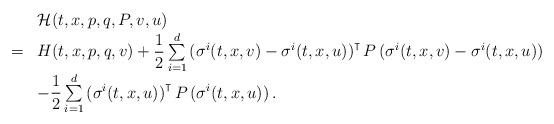
LaTeX: \begin{align*}\begin{array}[c]{rl}& \mathcal{H}(t,x,p,q,P,v,u)\\= & H(t,x,p,q,v)+\dfrac{1}{2}\sum\limits_{i=1}^{d}\left( \sigma^{i}(t,x,v)-\sigma^{i}(t,x,u)\right) ^{\intercal}P\left( \sigma^{i}(t,x,v)-\sigma^{i}(t,x,u)\right) \\& -\dfrac{1}{2}\sum\limits_{i=1}^{d}\left( \sigma^{i}(t,x,u)\right)^{\intercal}P\left( \sigma^{i}(t,x,u)\right) .\end{array}\end{align*}